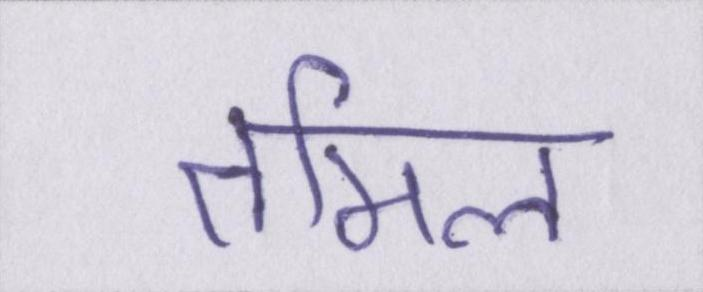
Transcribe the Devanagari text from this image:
तमिल